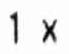
1 X